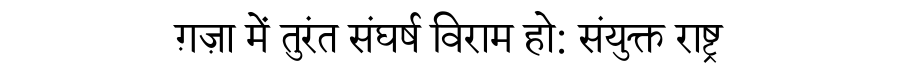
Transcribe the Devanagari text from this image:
ग़ज़ा में तुरंत संघर्ष विराम हो: संयुक्त राष्ट्र